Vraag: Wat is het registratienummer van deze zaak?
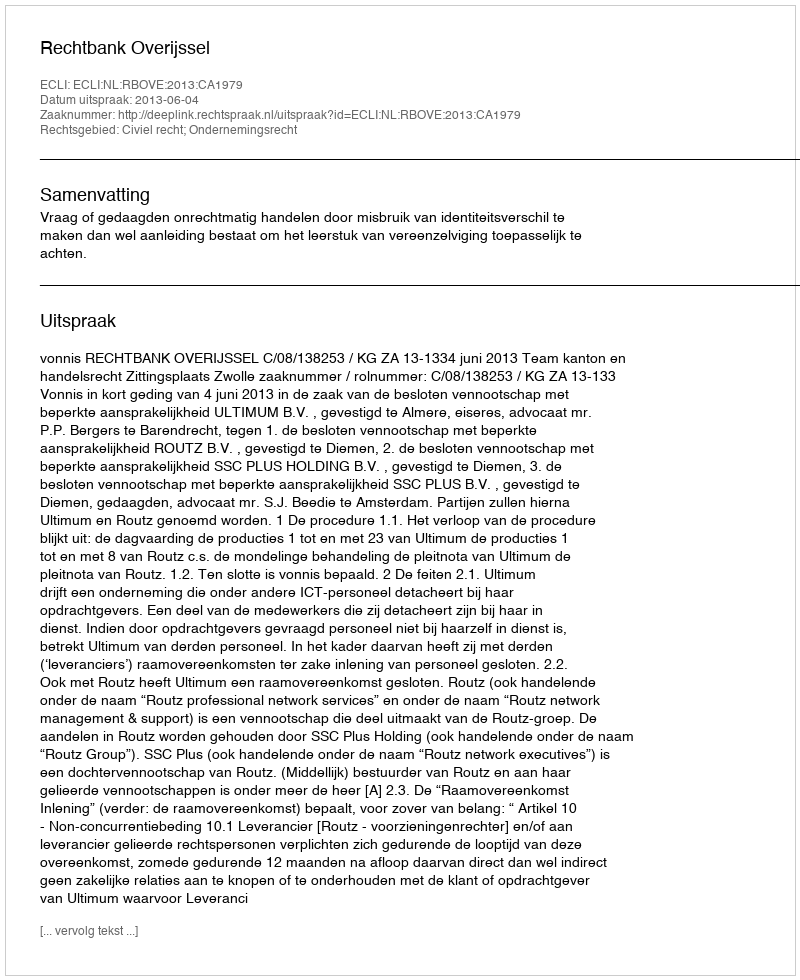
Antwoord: http://deeplink.rechtspraak.nl/uitspraak?id=ECLI:NL:RBOVE:2013:CA1979